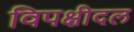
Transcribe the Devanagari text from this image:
विपक्षीदल